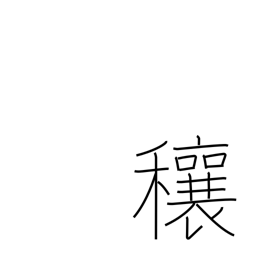
Meaning: abundance